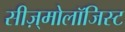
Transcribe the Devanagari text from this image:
सीज़्मोलॉजिस्ट